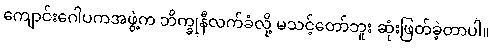
ကျောင်းဂေါပကအဖွဲ့က ဘိက္ခုနီလက်ခံလို့ မသင့်တော်ဘူး ဆုံးဖြတ်ခဲ့တာပါ။